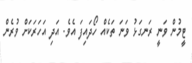
ޓީމުން ވަނީ ރަނގަޅު ވަނަ ތަކެއް ހޯދައިފަ އެވެ. އަދި އަހަރަކަށް ވުރެން